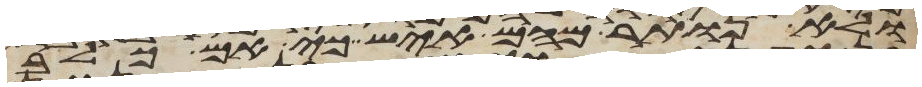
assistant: ולא נותר מהם איש כי אם כלב